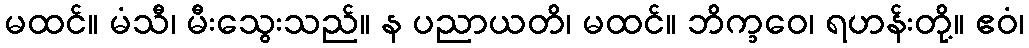
မထင်။ မံသီ၊ မီးသွေးသည်။ န ပညာယတိ၊ မထင်။ ဘိက္ခဝေ၊ ရဟန်းတို့။ ဧဝံ၊